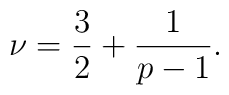
\nu=\frac{3}{2}+\frac{1}{p-1}.